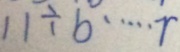
1 1 \div b \cdots r